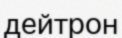
дейтрон